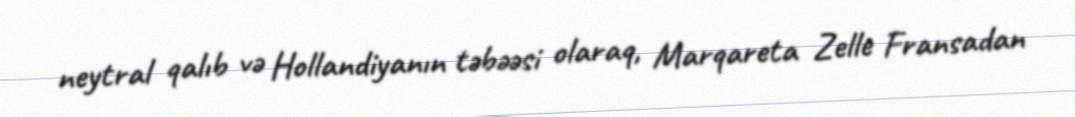
neytral qalıb və Hollandiyanın təbəəsi olaraq, Marqareta Zelle Fransadan